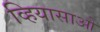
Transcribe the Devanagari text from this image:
व्हियासाओ